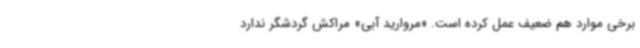
برخی موارد هم ضعیف عمل کرده است. «مروارید آبی» مراکش گردشگر ندارد